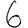
Digit: 6